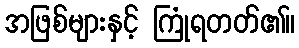
အဖြစ်များနှင့် ကြုံရတတ်၏။